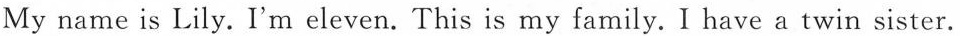
My name is Lily. I'm eleven. This is my family. I have a twin sister.